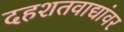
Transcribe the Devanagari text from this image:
दहशतवाद्यांवर